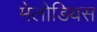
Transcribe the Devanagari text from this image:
मेलोडियस